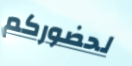
لحضوركم